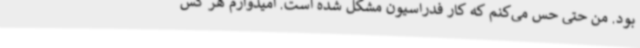
بود. من حتی حس می‌کنم که کار فدراسیون مشکل شده است. امیدوارم هر کس